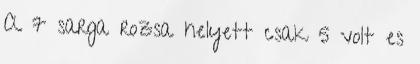
A 7 sarga rozsa helyett csak 5 volt es